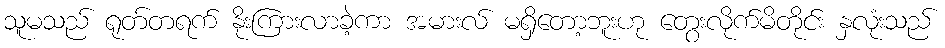
သူမသည် ရုတ်တရက် နိုးကြားလာခဲ့ကာ အမားလ် မရှိတော့ဘူးဟု တွေးလိုက်မိတိုင်း နှလုံးသည်